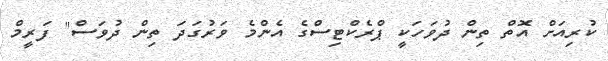
ކުރިއަށް އޮތް ތިން ދުވަހަކީ ޕްރެކްޓިސްގެ އެންމެ ވަރުގަދަ ތިން ދުވަސް" ފަރީމް